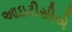
આઇટીસીએ